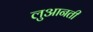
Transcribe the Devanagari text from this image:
लुआनती